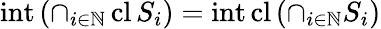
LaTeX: \operatorname{int}\left(\cap_{i\in\mathbb{N}}\operatorname{cl}S_{i}\right)=\operatorname{int}\operatorname{cl}\left(\cap_{i\in\mathbb{N}}S_{i}\right)